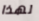
لهذا